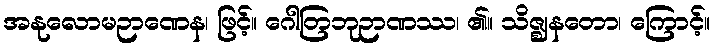
အနုလောမဉာဏေန၊ ဖြင့်။ ဂေါတြဘုဉာဏဿ၊ ၏။ သိဇ္ဈနတော၊ ကြောင့်။